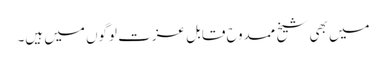
میں بھی شیخ ممدوح قابل عزت لوگوں میں ہیں۔